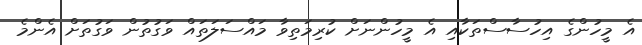
އެ މީހުންގެ އިހުސާސްތަކާއި އެ މީހުންނަށް ކުރިމަތިވާ މައްސަލަތައް ވަގުތުން ވަގުތަށް އެންމެ